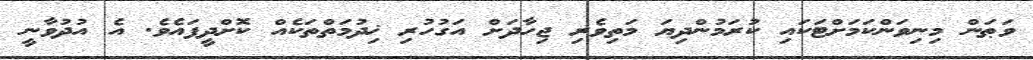
ވަޠަން މިނިވަންކަމަށްޓަކައި ކުރަމުންދިޔަ މަތިވެރި ޖިހާދަށް އަގުހުރި ޚިދުމަތްތަކެއް ކޮށްދީފައެވެ. އެ އުދުވާނީ